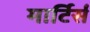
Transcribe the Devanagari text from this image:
मार्टिर्स